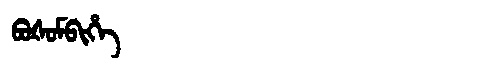
Manchu: ᠪᠣᡧᠣᠮᠪᡳᡥᡝ
Romanization: BOŠOMBIHE